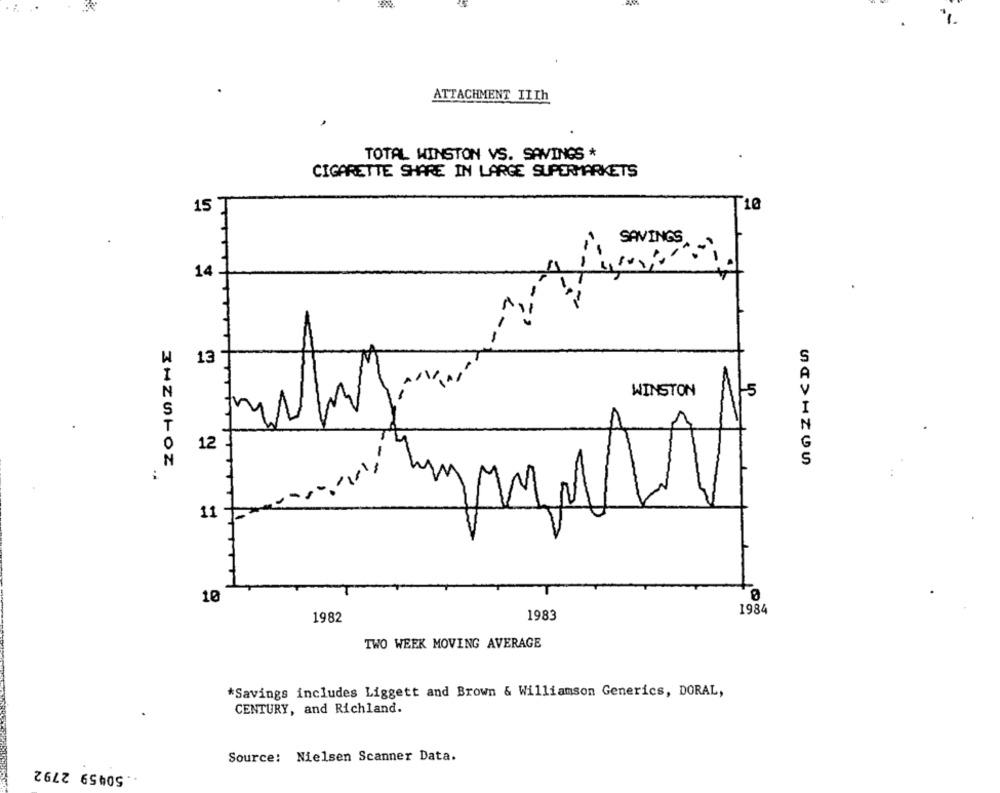
ATTACHMENT IIIh
TOTAL WINSTON VS. SAVINGS *
CIGARETTE SHARE IN LARGE SUPERMARKETS
10
15
SAVINGS
14 -
W
13
WINSTON
12
N
ZHZWHOZ
11
10
1984
1982
1983
TWO WEEK MOVING AVERAGE
*Savings includes Liggett and Brown & Williamson Generics, DORAL,
CENTURY, and Richland.
.50459 2792
Source: Nielsen Scanner Data.